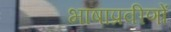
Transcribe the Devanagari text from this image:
भाषाप्रवीणों